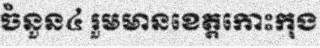
ចំនួន៤ រួមមានខេត្តកោះកុង